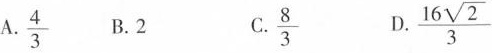
A.\frac{4}{3}B.2C. \frac{8}{3}D.\frac{16 \sqrt{2}}{3}